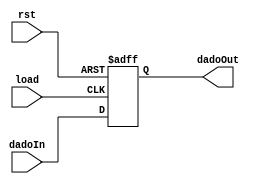
module registrador (load, rst, dadoIn, dadoOut);
input load, rst;
input [7:0] dadoIn;
output reg [7:0] dadoOut;

always@(negedge rst or posedge load)   //dada variaao de descida do sinal para rst e subida do sinal para load,
begin                                  //executa os parametros abaixo

	if(rst == 0)                        //se rst for 0, dadoOut recebe 0
		begin
			dadoOut <= 8'b00000000;
		end
	else                                //se rst no for 0, dadoOut recebe dadoIn
		begin
			dadoOut <= dadoIn;
		end
		
end

endmodule